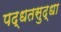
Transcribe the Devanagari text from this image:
पद्धतसुद्धा